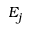
E _ { j }